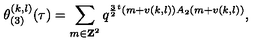
\theta _ { ( 3 ) } ^ { ( k , l ) } ( \tau ) = \sum _ { m \in { \bf Z } ^ { 2 } } q ^ { \frac { 3 } { 2 } { } ^ { t } ( m + v ( k , l ) ) A _ { 2 } ( m + v ( k , l ) ) } ,